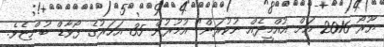
ޔޫރޯ 2016 އަށް އުއްމީދެއް ނުކުރަން" އުމުރުން 35 އަހަރުގެ ފޯވާޑް ބުންޏެވެ.